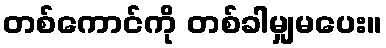
တစ်ကောင်ကို တစ်ခါမျှမပေး။